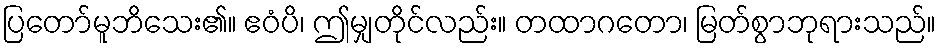
ပြတော်မူဘိသေး၏။ ဧဝံပိ၊ ဤမျှတိုင်လည်း။ တထာဂတော၊ မြတ်စွာဘုရားသည်။